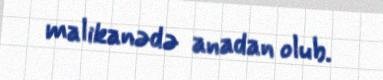
malikanədə anadan olub.